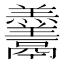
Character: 𱆓